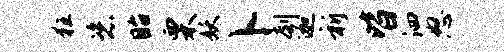
狂恣眙栗妖卜刳迦祈皆泗怒